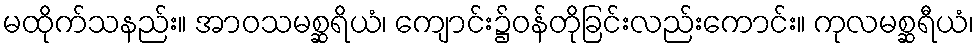
မထိုက်သနည်း။ အာဝသမစ္ဆရိယံ၊ ကျောင်း၌ဝန်တိုခြင်းလည်းကောင်း။ ကုလမစ္ဆရီယံ၊